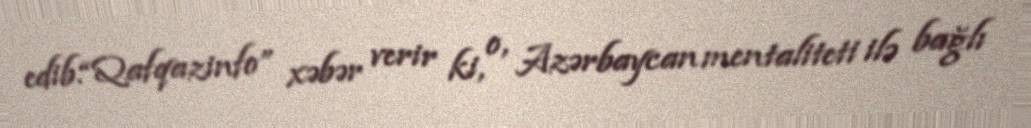
edib.“Qafqazinfo” xəbər verir ki, o, Azərbaycan mentaliteti ilə bağlı